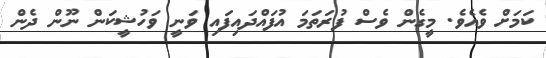
ކަމަށް ވެއެވެ. މީގެން ވެސް ފުރަތަމަ އުފައްދައިފައި ވަނީ ވަހުޝީކަން ނޫން ދެން